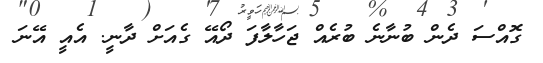
ގޮއްސަ ދެން ބުނާނެ ބުރެއް ޖަހާލާފަ ދޯއޭ ގެއަށް ދާނީ. އެއީ އޭނަ